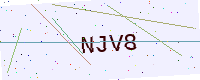
Text: NJV8